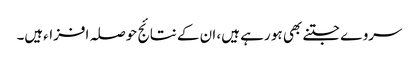
سروے جتنے بھی ہو رہے ہیں، ان کے نتائج حوصلہ افزاءہیں۔